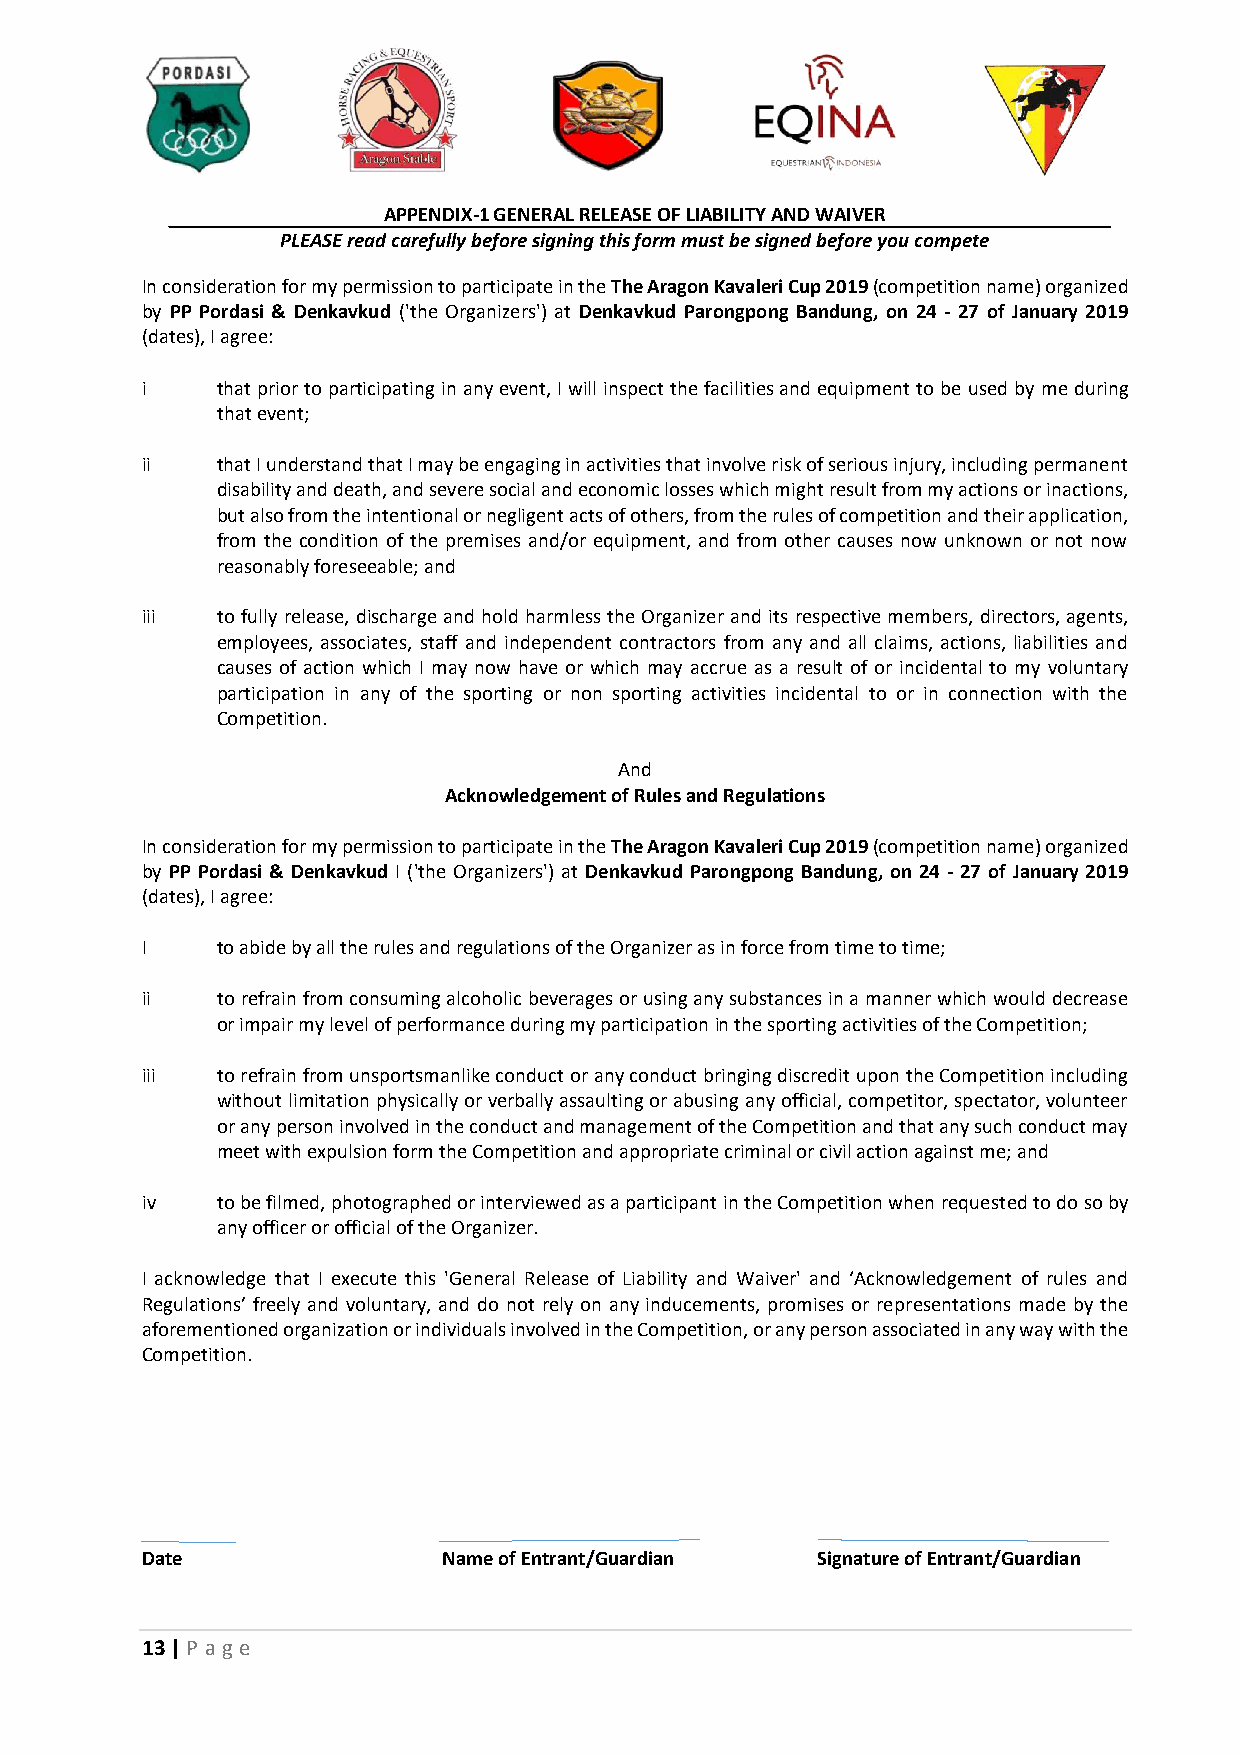
APPENDIX-1 GENERAL RELEASE OF LIABILITY AND WAIVER
 PLEASE read carefully before signing this form must be signed before you compete
 In consideration for my permission to participate in the The Aragon Kavaleri Cup 2019 (competition name) organized
 by PP Pordasi & Denkavkud ('the Organizers') at Denkavkud Parongpong Bandung, on 24 - 27 of January 2019
 (dates), I agree:
 i    that prior to participating in any event, I will inspect the facilities and equipment to be used by me during
 that event;
 ii   that I understand that I may be engaging in activities that involve risk of serious injury, including permanent
 disability and death, and severe social and economic losses which might result from my actions or inactions,
 but also from the intentional or negligent acts of others, from the rules of competition and their application,
 from the condition of the premises and/or equipment, and from other causes now unknown or not now
 reasonably foreseeable; and
 iii  to fully release, discharge and hold harmless the Organizer and its respective members, directors, agents,
 employees, associates, staff and independent contractors from any and all claims, actions, liabilities and
 causes of action which I may now have or which may accrue as a result of or incidental to my voluntary
 participation in any of the sporting or non sporting activities incidental to or in connection with the
 Competition.
 And
 Acknowledgement of Rules and Regulations
 In consideration for my permission to participate in the The Aragon Kavaleri Cup 2019 (competition name) organized
 by PP Pordasi & Denkavkud I ('the Organizers') at Denkavkud Parongpong Bandung, on 24 - 27 of January 2019
 (dates), I agree:
 I    to abide by all the rules and regulations of the Organizer as in force from time to time;
 ii   to refrain from consuming alcoholic beverages or using any substances in a manner which would decrease
 or impair my level of performance during my participation in the sporting activities of the Competition;
 iii  to refrain from unsportsmanlike conduct or any conduct bringing discredit upon the Competition including
 without limitation physically or verbally assaulting or abusing any official, competitor, spectator, volunteer
 or any person involved in the conduct and management of the Competition and that any such conduct may
 meet with expulsion form the Competition and appropriate criminal or civil action against me; and
 iv   to be filmed, photographed or interviewed as a participant in the Competition when requested to do so by
 any officer or official of the Organizer.
 I acknowledge that I execute this 'General Release of Liability and Waiver' and ‘Acknowledgement of rules and
 Regulations’ freely and voluntary, and do not rely on any inducements, promises or representations made by the
 aforementioned organization or individuals involved in the Competition, or any person associated in any way with the
 Competition.
 Date                Name of Entrant/Guardian Signature of Entrant/Guardian
 13 | P age